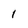
Character: 1